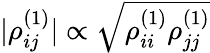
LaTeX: |\rho_{ij}^{(1)}|\propto\sqrt{\rho_{ii}^{(1)}\rho_{jj}^{(1)}}